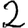
Digit: 2